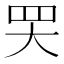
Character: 𦉼